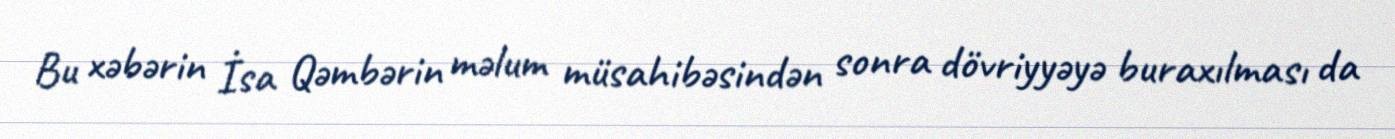
Bu xəbərin İsa Qəmbərin məlum müsahibəsindən sonra dövriyyəyə buraxılması da